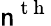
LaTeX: \mathsf{n}^{\mathrm{{~t~h~}}}